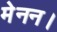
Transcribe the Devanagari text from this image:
मेनन।